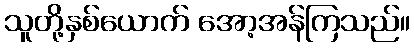
သူတို့နှစ်ယောက် အော့အန်ကြသည်။